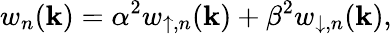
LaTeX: w_{n}(\mathbf{k})=\alpha^{2}w_{\uparrow,n}(\mathbf{k})+\beta^{2}w_{\downarrow,n}(\mathbf{k}),